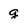
Character: g